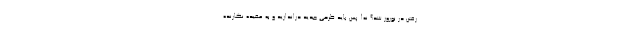
رفتن در نوروز شد؟ نه! پس باید طرحی جدید دراندازید و به عقیده نگارنده